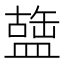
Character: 䀇